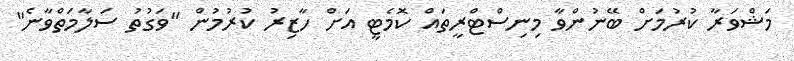
މަޝްވަރާ ކުރުމަށް ބޭނުންވާ މިނިސްޓްރީތައް ކޮމެޓީ އަށް ހާޒިރު ކުރުމުން "ވަގުތު ސަލާމަތްވާނެ"